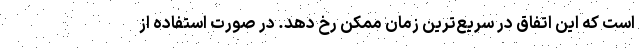
است که این اتفاق در سریع‌ترین زمان ممکن رخ دهد. در صورت استفاده از